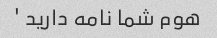
هوم شما نامه دارید '